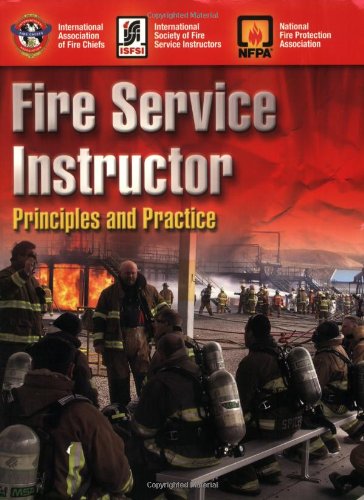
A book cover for Fire Service Instructor: Principles And Practice; IAFC; Health, Fitness & Dieting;